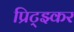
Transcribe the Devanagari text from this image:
प्रिट्झ्कर